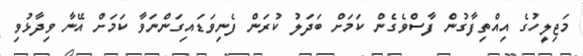
މަޖިލީހުގެ އިއްތިފާގުން ފާސްވެގެން ކަމަށް ބަދަލު ކުރަން ފެނިވަޑައިގަންނަވާ ކަމަށް އޭނާ ވިދާޅުވި